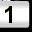
Digit: 1